Scottish Leaving Certificate Examination, 1955
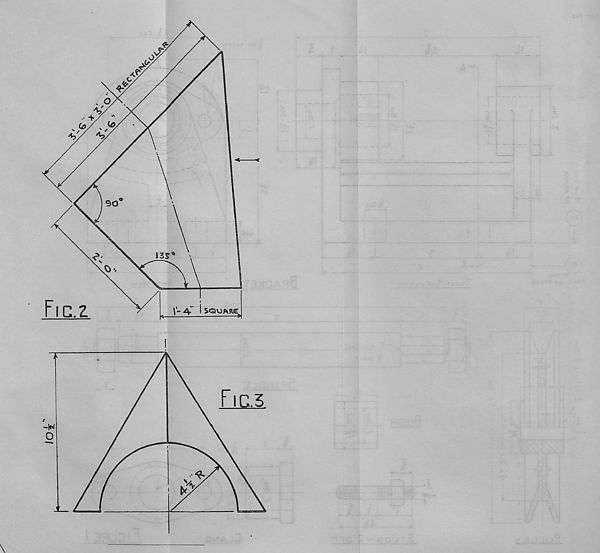
ft
O
90
135
&
ric.z
i-A
SQUJ\R£